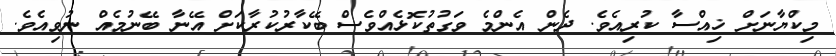
މިކްޔާނަށް ޚިއްސާ ކުރިއެވެ. ދެން އެންމެ ވަގުތުކޮޅެއްވެސް ބޭކާރުކުރާކަށް އޭނާ ބޭނުމެއް ނުވިއެވެ.